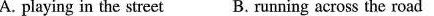
A. playing in the street B. Running across the road